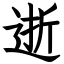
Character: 逝